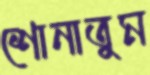
শোনাতুম